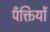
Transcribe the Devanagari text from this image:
पँक्तियों